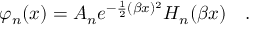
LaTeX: \varphi _ { n } ( x ) = A _ { n } e ^ { - \frac { 1 } { 2 } ( \beta x ) ^ { 2 } } H _ { n } ( \beta x ) \ \ \ .